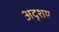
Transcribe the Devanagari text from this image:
अदृशय